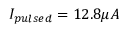
I _ { p u l s e d } = 1 2 . 8 \mu A